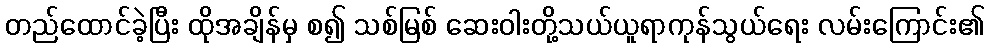
တည်ထောင်ခဲ့ပြီး ထိုအချိန်မှ စ၍ သစ်မြစ် ဆေးဝါးတို့သယ်ယူရာကုန်သွယ်ရေး လမ်းကြောင်း၏